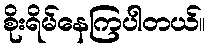
စိုးရိမ်နေကြပါတယ်။